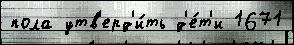
пола утв'ерд'и́ть д'е́т'и 1671